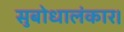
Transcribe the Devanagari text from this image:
सुबोधालंकार।